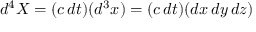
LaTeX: d ^ { 4 } X = ( c \, d t ) ( d ^ { 3 } x ) = ( c \, d t ) ( d x \, d y \, d z )